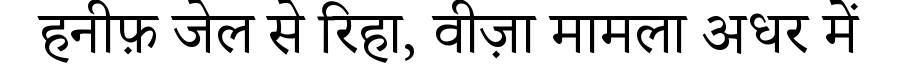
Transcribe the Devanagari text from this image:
हनीफ़ जेल से रिहा, वीज़ा मामला अधर में